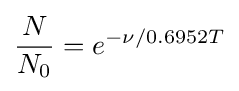
{{N} \over {N_{0}}}={e^{-\nu /0.6952T}}